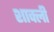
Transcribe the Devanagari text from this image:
शाक्ली